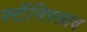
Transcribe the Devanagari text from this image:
स्टॅनिस्लाव